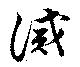
誡